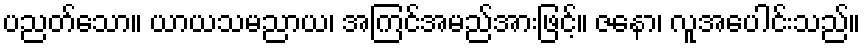
ပညတ်သော။ ယာယသမညာယ၊ အကြင်အမည်အားဖြင့်။ ဇနော၊ လူအပေါင်းသည်။